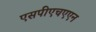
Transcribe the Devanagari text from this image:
एसपीएचएएन